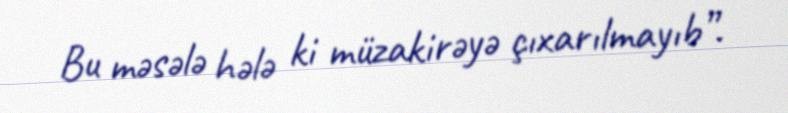
Bu məsələ hələ ki müzakirəyə çıxarılmayıb”.